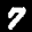
Label: 7